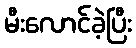
မီးလောင်ခဲ့ပြီး